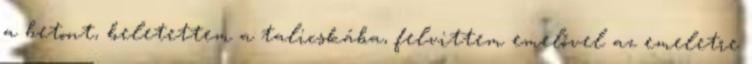
a betont, beletettem a talicskába, felvittem emelővel az emeletre